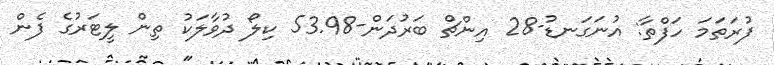
ފުރަތަމަ ހަފްތާ: އުނަގަނޑު-28 އިންޗް ބަރުދަން-53.98 ކިލޯ ދުވާލަކު ތިން ލީޓަރުގެ ފެން